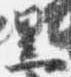
黒